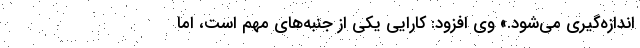
اندازه‌گیری می‌شود.» وی افزود: کارایی یکی از جنبه‌های مهم است، اما